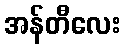
အန်တီလေး